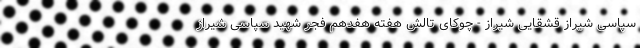
سپاسی شیراز قشقایی شیراز - چوکای تالش هفته هفدهم فجر شهید سپاسی شیراز